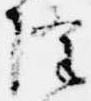
隆